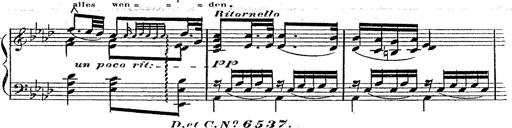
Title: 12 Lieder von Franz Schubert
Composer: Franz Liszt